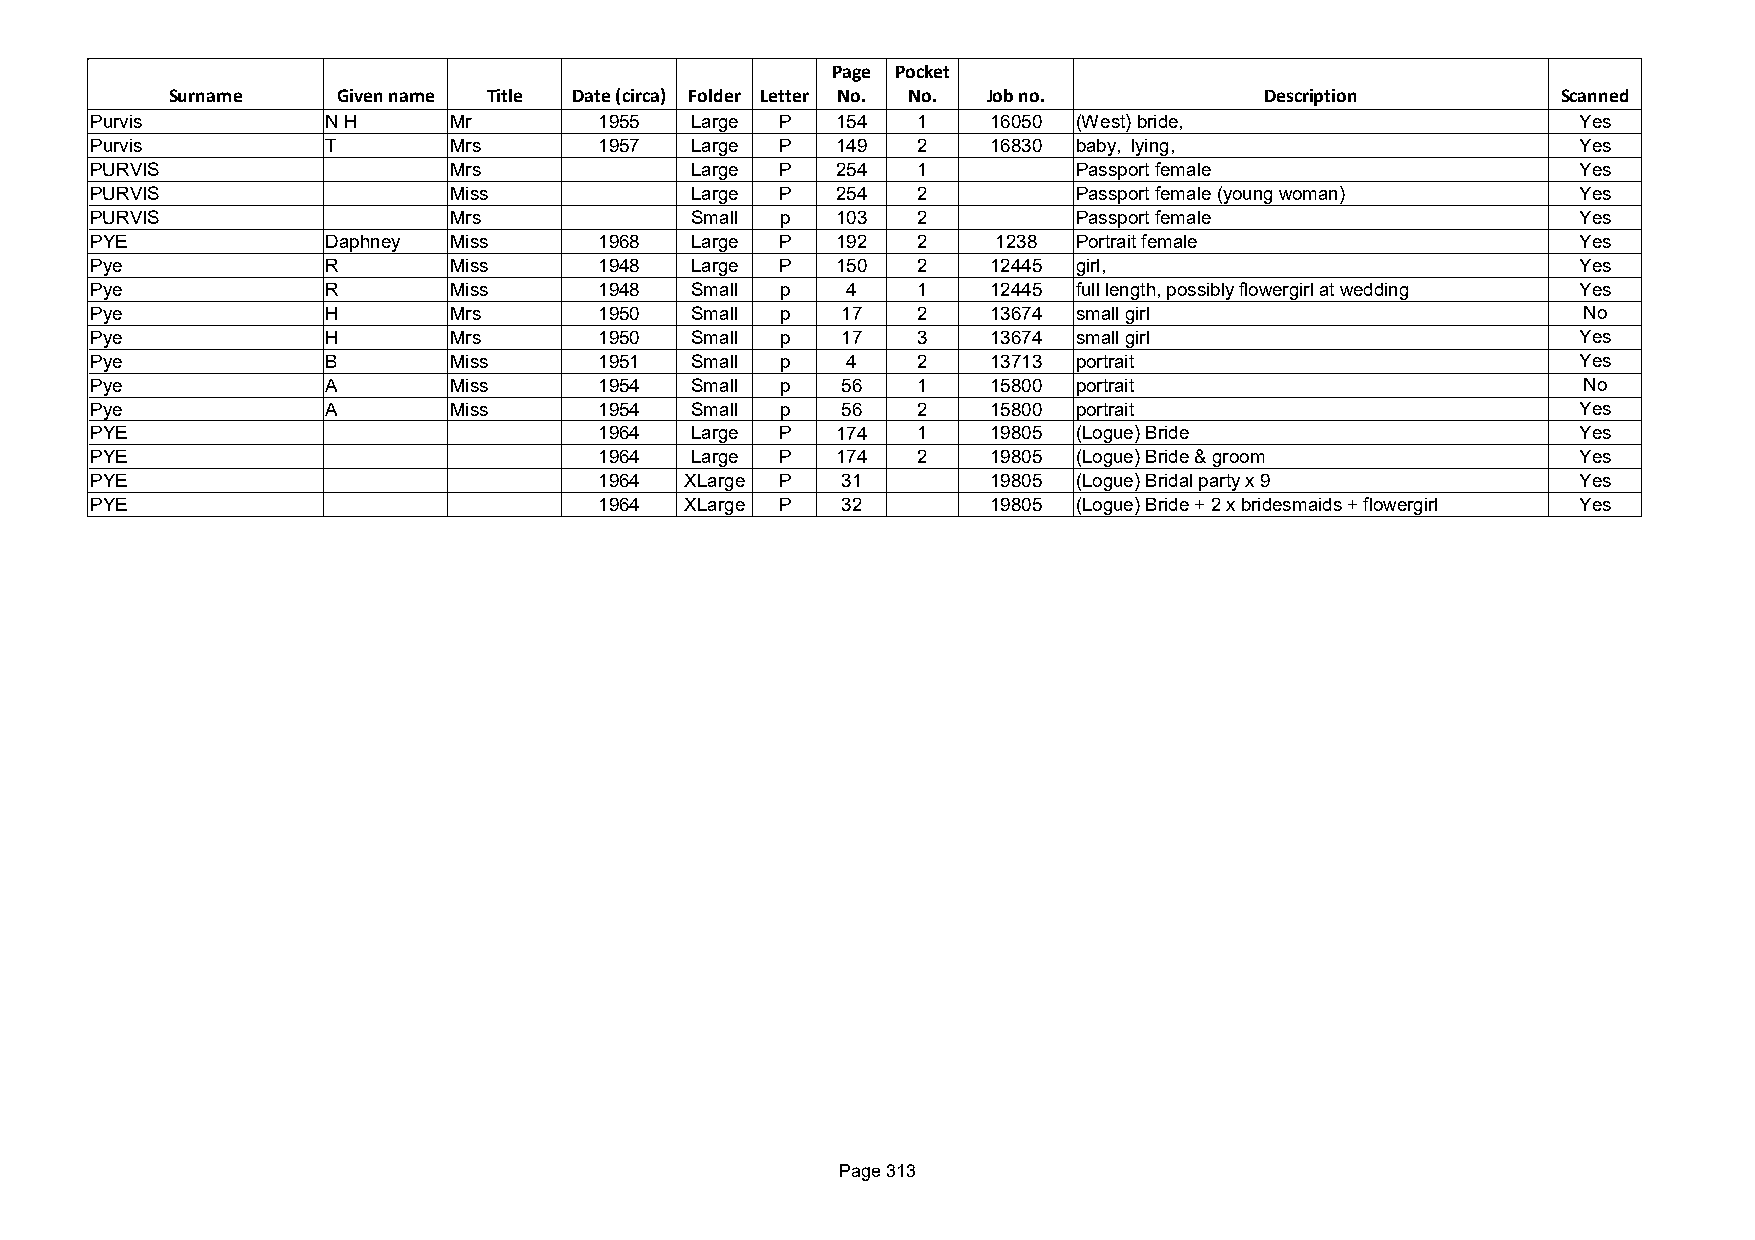
Page Pocket
 Surname    Given name Title Date (circa) Folder Letter No. No. Job no.   Description        Scanned
 Purvis          N H     Mr        1955  Large P  154   1    16050 (West) bride,                    Yes
 Purvis          T       Mrs       1957  Large P  149   2    16830 baby, lying,                     Yes
 PURVIS                  Mrs             Large P  254   1         Passport female                   Yes
 PURVIS                  Miss            Large P  254   2         Passport female (young woman)     Yes
 PURVIS                  Mrs             Small p  103   2         Passport female                   Yes
 PYE             Daphney Miss      1968  Large P  192   2    1238 Portrait female                   Yes
 Pye             R       Miss      1948  Large P  150   2    12445 girl,                            Yes
 Pye             R       Miss      1948  Small p   4    1    12445 full length, possibly flowergirl at wedding Yes
 Pye             H       Mrs       1950  Small p   17   2    13674 small girl                       No
 Pye             H       Mrs       1950  Small p   17   3    13674 small girl                       Yes
 Pye             B       Miss      1951  Small p   4    2    13713 portrait                         Yes
 Pye             A       Miss      1954  Small p   56   1    15800 portrait                         No
 Pye             A       Miss      1954  Small p   56   2    15800 portrait                         Yes
 PYE                               1964  Large P  174   1    19805 (Logue) Bride                    Yes
 PYE                               1964  Large P  174   2    19805 (Logue) Bride & groom            Yes
 PYE                               1964 XLarge P   31        19805 (Logue) Bridal party x 9         Yes
 PYE                               1964 XLarge P   32        19805 (Logue) Bride + 2 x bridesmaids + flowergirl Yes
 Page 313